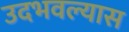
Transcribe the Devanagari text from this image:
उदभवल्यास